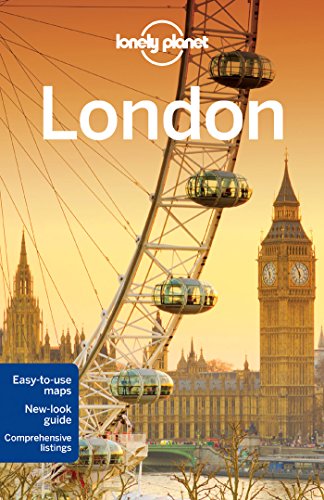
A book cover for Lonely Planet London (Travel Guide); Lonely Planet; Travel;